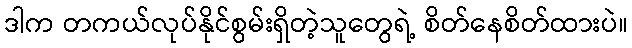
ဒါက တကယ်လုပ်နိုင်စွမ်းရှိတဲ့သူတွေရဲ့ စိတ်နေစိတ်ထားပဲ။